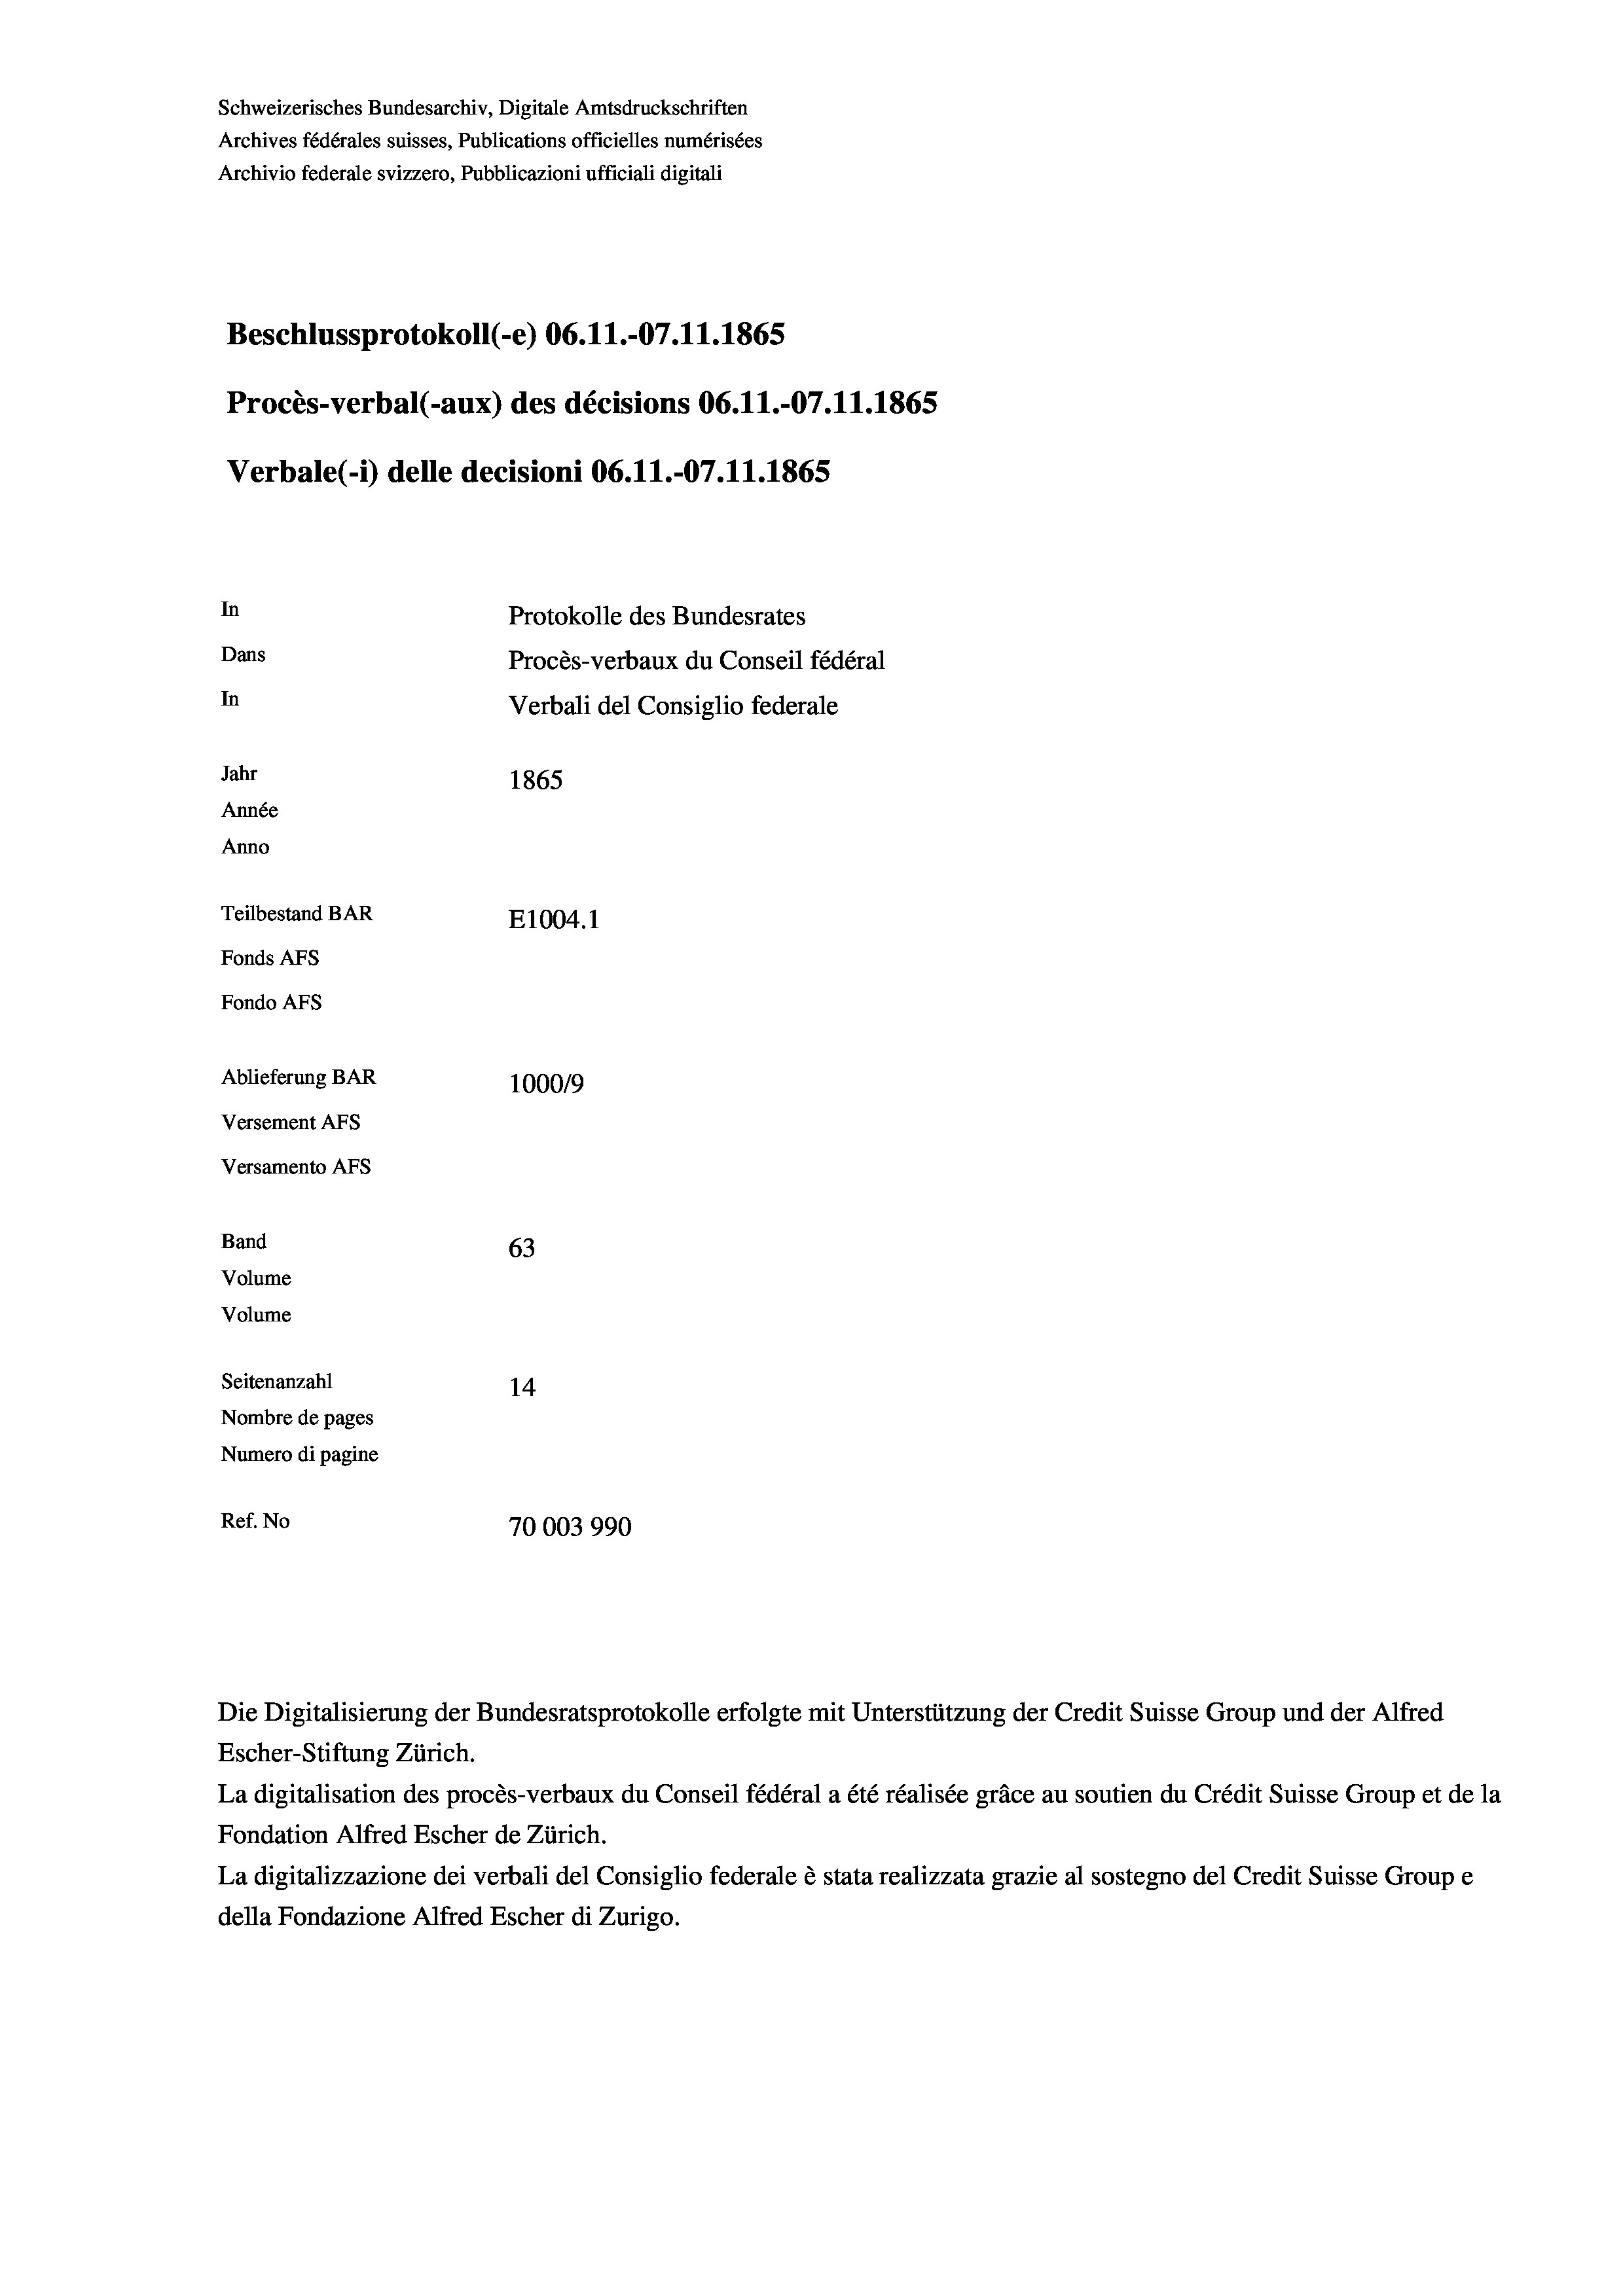
Schweizerisches Bundesarchiv, Digitale Amtsdruckschriften
Archives fédérales suisses, Publications officielles numérisées
Archivio federale svizzero, Pubblicazioni ufficiali digitali
Beschlussprotokoll (-e) 06.11.-07.11.1865
Procès-verbal (-aux) des décisions 06.11.-07.11.1865
Verbale(-*) delle decisioni 06. 11.-07.11.1865
In
Protokolle des Bundesrates
Dans
Procès-verbaux du Conseil fédéral
In
Verbali del Consiglio federale
Jahr
1865
Année
Anno
Teilbestand BAR
E1004.1
Fonds AFs
Fondo Afs
Ablieferung BAR
100019
Versement AFs
Versamento AFs
Band
63
Volume
Volume
Seitenanzahl
14
Nombre de pages
Numero di pagine
Ref. No
70003990

Escher-Stiftung Zürich.
La digitalisation des procès-verbaux du Conseil fédéral a été réalisée gräce au soutien du Crédit Suisse Group et de la
Fondation Alfred Escher de Zürich.
La digitalizzazione dei verbali del Consiglio federale è stata realizzata grazie al sostegno del Credit Suisse Groupe
della Fondazione Alfred Escher di Zurigo.

Die Digitalisierung der Bundesratsprotokolle erfolgte mit Unterstützung der Credit Suisse Group und der Alfred